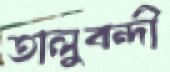
তালুবন্দী